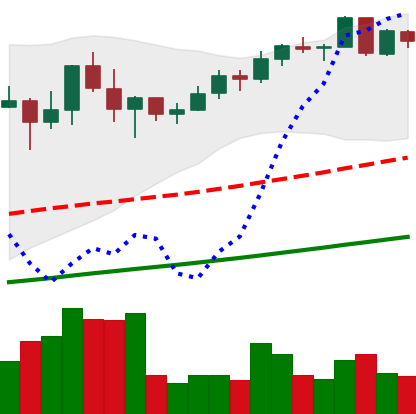
Ticker: BNB-USD
Chart end date: 2021-05-06
Forward return: 6.167%
Label: up_5_7